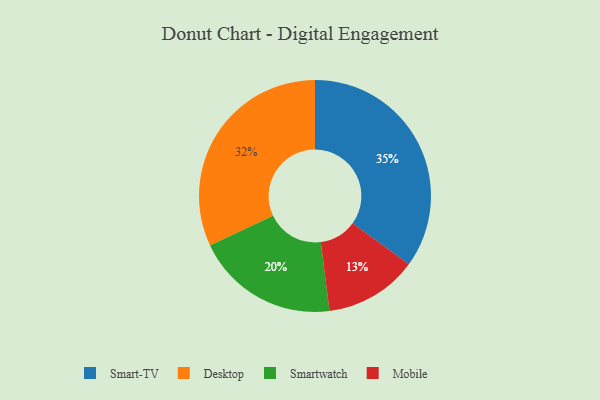
{"axis": {"x": "Category", "y": "Percentage"}, "legend": ["Desktop", "Mobile", "Smart-TV", "Smartwatch"], "data": [{"x": "Desktop", "y": 32, "type": "Desktop"}, {"x": "Smart-TV", "y": 35, "type": "Smart-TV"}, {"x": "Mobile", "y": 13, "type": "Mobile"}, {"x": "Smartwatch", "y": 20, "type": "Smartwatch"}]}